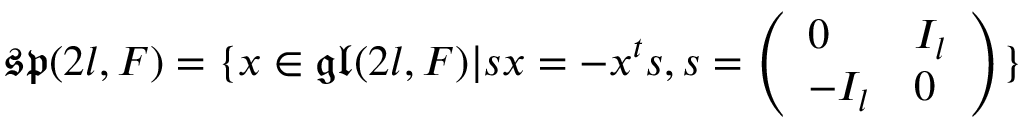
{ \mathfrak { s p } } ( 2 l , F ) = \{ x \in { \mathfrak { g l } } ( 2 l , F ) | s x = - x ^ { t } s , s = { \left( \begin{array} { l l } { 0 } & { I _ { l } } \\ { - I _ { l } } & { 0 } \end{array} \right) } \}